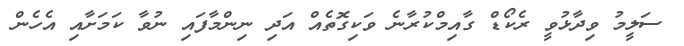
ސަލީމު ވިދާޅުވީ ރެކޯޑް ގާއިމްކުރާނެ ވަކިގޮތެއް އަދި ނިންމާފައި ނުވާ ކަމަށާއި އެހެން